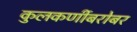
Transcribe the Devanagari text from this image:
कुलकर्णीबरोबर